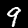
Label: 9